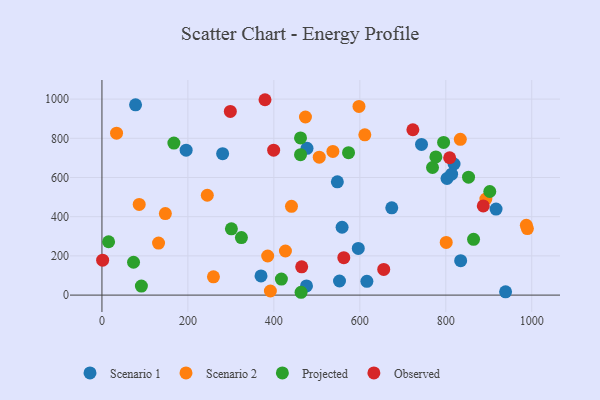
{"axis": {"x": "Speed", "y": "Rating"}, "legend": ["Observed", "Projected", "Scenario 1", "Scenario 2"], "data": [{"x": "916.9", "y": 438.7, "type": "Scenario 1"}, {"x": "547.7", "y": 577.9, "type": "Scenario 1"}, {"x": "195.9", "y": 739.6, "type": "Scenario 1"}, {"x": "477.1", "y": 748.6, "type": "Scenario 1"}, {"x": "802.8", "y": 594.8, "type": "Scenario 1"}, {"x": "616.4", "y": 70.3, "type": "Scenario 1"}, {"x": "280.8", "y": 721.7, "type": "Scenario 1"}, {"x": "939.1", "y": 16.5, "type": "Scenario 1"}, {"x": "674.3", "y": 445.3, "type": "Scenario 1"}, {"x": "475.9", "y": 47.0, "type": "Scenario 1"}, {"x": "596.4", "y": 238.2, "type": "Scenario 1"}, {"x": "834.6", "y": 175.5, "type": "Scenario 1"}, {"x": "743.5", "y": 768.6, "type": "Scenario 1"}, {"x": "370.1", "y": 98.0, "type": "Scenario 1"}, {"x": "558.7", "y": 346.1, "type": "Scenario 1"}, {"x": "78.2", "y": 970.8, "type": "Scenario 1"}, {"x": "552.7", "y": 71.8, "type": "Scenario 1"}, {"x": "819.2", "y": 668.8, "type": "Scenario 1"}, {"x": "813.5", "y": 617.0, "type": "Scenario 1"}, {"x": "598.0", "y": 962.6, "type": "Scenario 2"}, {"x": "147.5", "y": 415.7, "type": "Scenario 2"}, {"x": "131.7", "y": 265.4, "type": "Scenario 2"}, {"x": "893.2", "y": 490.2, "type": "Scenario 2"}, {"x": "245.1", "y": 509.3, "type": "Scenario 2"}, {"x": "473.5", "y": 908.7, "type": "Scenario 2"}, {"x": "801.0", "y": 268.7, "type": "Scenario 2"}, {"x": "441.0", "y": 452.9, "type": "Scenario 2"}, {"x": "259.4", "y": 93.4, "type": "Scenario 2"}, {"x": "537.3", "y": 733.1, "type": "Scenario 2"}, {"x": "426.9", "y": 224.9, "type": "Scenario 2"}, {"x": "86.7", "y": 462.4, "type": "Scenario 2"}, {"x": "987.4", "y": 356.0, "type": "Scenario 2"}, {"x": "989.8", "y": 339.6, "type": "Scenario 2"}, {"x": "385.6", "y": 199.4, "type": "Scenario 2"}, {"x": "505.6", "y": 703.7, "type": "Scenario 2"}, {"x": "611.6", "y": 817.8, "type": "Scenario 2"}, {"x": "833.8", "y": 794.8, "type": "Scenario 2"}, {"x": "391.9", "y": 20.9, "type": "Scenario 2"}, {"x": "34.0", "y": 826.0, "type": "Scenario 2"}, {"x": "73.5", "y": 167.7, "type": "Projected"}, {"x": "91.8", "y": 45.9, "type": "Projected"}, {"x": "462.0", "y": 716.6, "type": "Projected"}, {"x": "15.5", "y": 272.1, "type": "Projected"}, {"x": "902.3", "y": 528.5, "type": "Projected"}, {"x": "463.3", "y": 14.4, "type": "Projected"}, {"x": "462.0", "y": 801.7, "type": "Projected"}, {"x": "324.5", "y": 293.3, "type": "Projected"}, {"x": "573.7", "y": 726.4, "type": "Projected"}, {"x": "769.1", "y": 651.1, "type": "Projected"}, {"x": "794.9", "y": 779.1, "type": "Projected"}, {"x": "301.2", "y": 338.1, "type": "Projected"}, {"x": "852.9", "y": 601.6, "type": "Projected"}, {"x": "776.9", "y": 704.9, "type": "Projected"}, {"x": "864.6", "y": 284.7, "type": "Projected"}, {"x": "417.5", "y": 81.8, "type": "Projected"}, {"x": "167.4", "y": 775.7, "type": "Projected"}, {"x": "809.0", "y": 700.7, "type": "Observed"}, {"x": "723.4", "y": 843.6, "type": "Observed"}, {"x": "379.4", "y": 996.8, "type": "Observed"}, {"x": "887.2", "y": 455.2, "type": "Observed"}, {"x": "298.7", "y": 936.9, "type": "Observed"}, {"x": "562.7", "y": 191.0, "type": "Observed"}, {"x": "655.6", "y": 131.0, "type": "Observed"}, {"x": "1.6", "y": 178.1, "type": "Observed"}, {"x": "399.5", "y": 739.2, "type": "Observed"}, {"x": "464.7", "y": 144.0, "type": "Observed"}]}